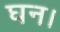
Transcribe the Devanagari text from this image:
घन।